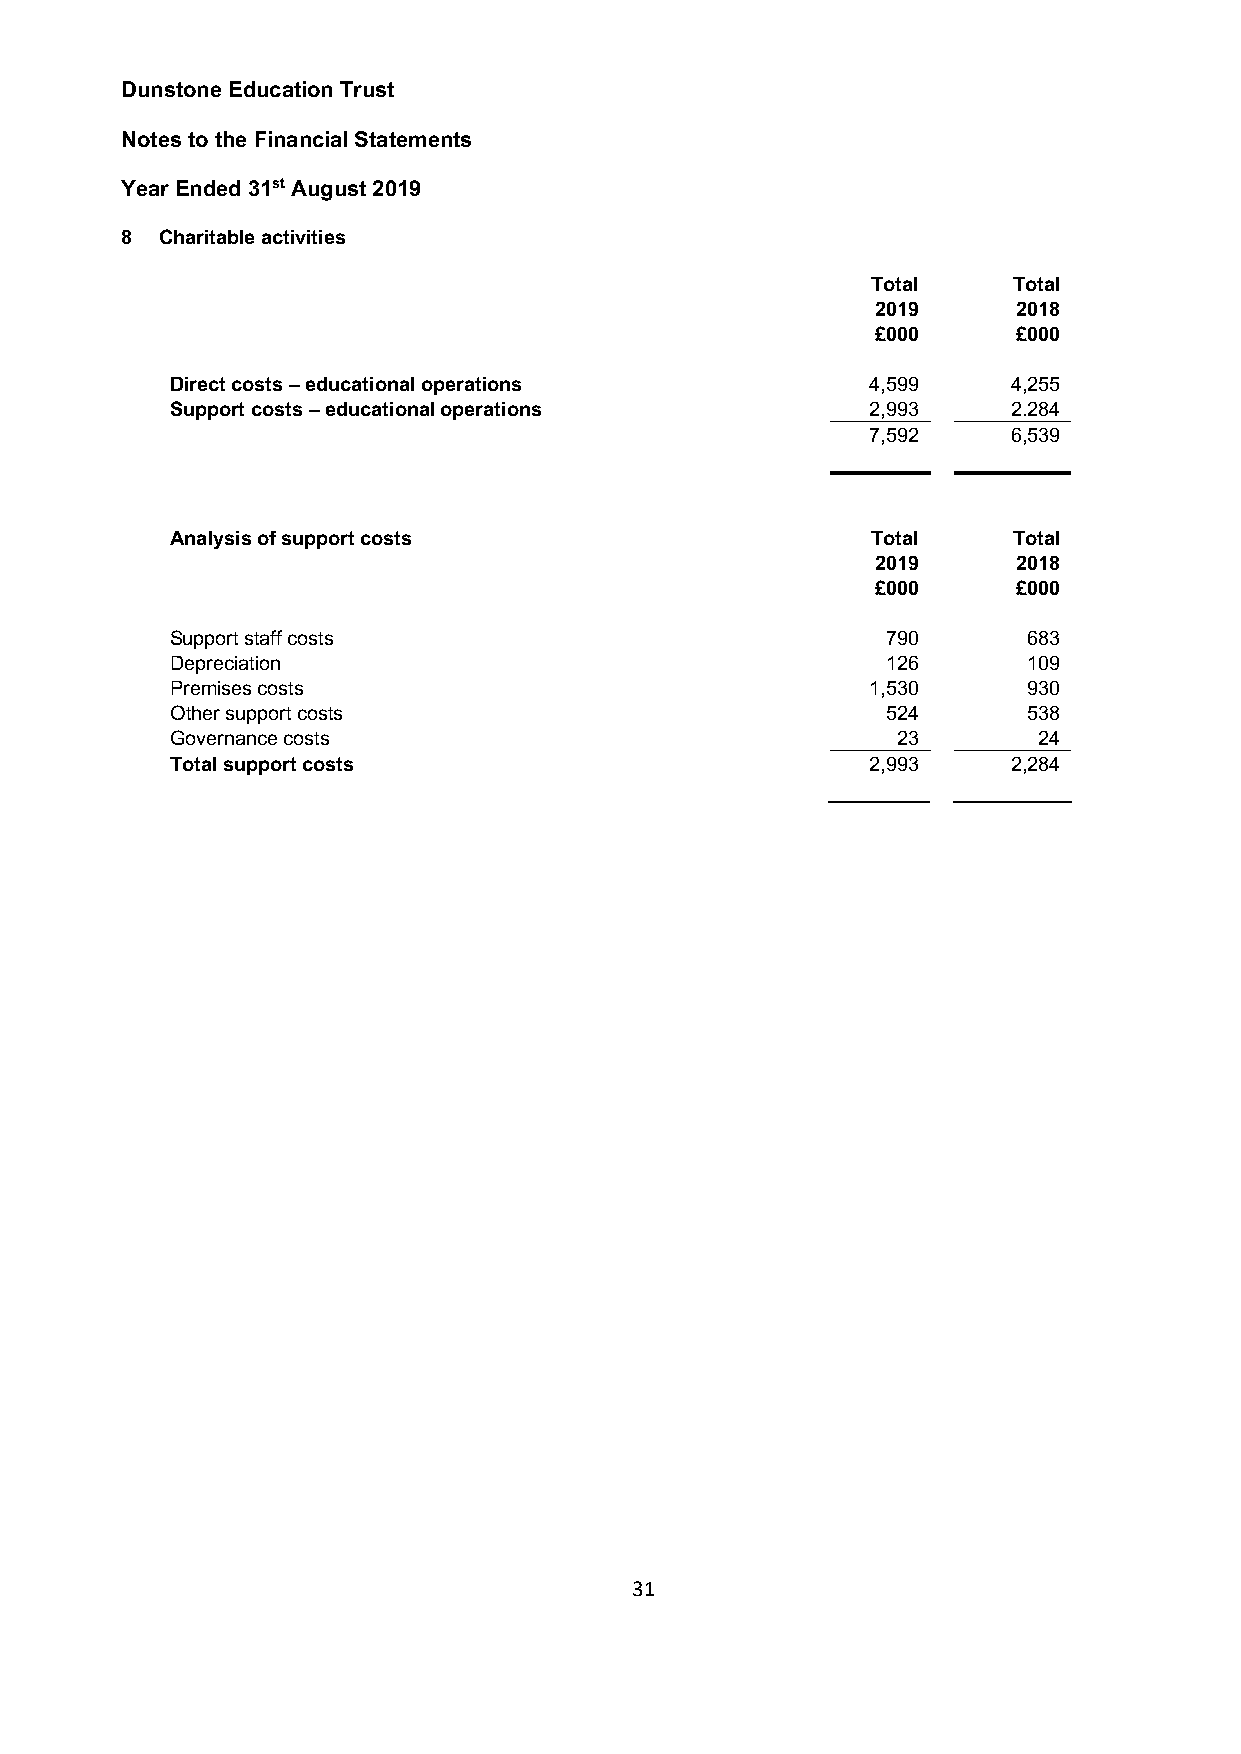
Dunstone Education Trust
 Notes to the Financial Statements
 Year Ended 31st August 2019
 8 Charitable activities
 Total    Total
 2019     2018
 £000     £000
 Direct costs – educational operations          4,599    4,255
 Support costs – educational operations         2,993    2.284
 7,592    6,539
 Analysis of support costs                      Total    Total
 2019     2018
 £000     £000
 Support staff costs                             790      683
 Depreciation                                    126      109
 Premises costs                                 1,530     930
 Other support costs                             524      538
 Governance costs                                23        24
 Total support costs                            2,993    2,284
 31